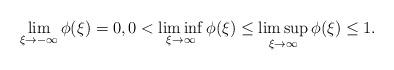
LaTeX: \begin{align*}\lim_{\xi\to -\infty}\phi (\xi)=0, 0< \liminf_{\xi\to \infty}\phi (\xi)\le \limsup_{\xi\to \infty}\phi (\xi)\le 1.\end{align*}